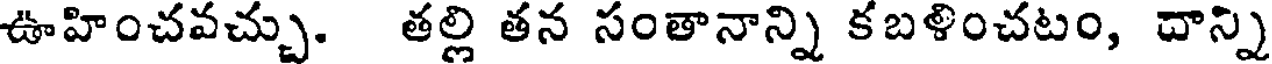
ఊహించవచ్చు. తల్లి తన సంతానాన్ని కబళించటం, దాన్ని